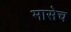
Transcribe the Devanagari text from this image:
मासेच